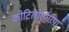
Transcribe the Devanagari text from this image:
कोटिलोसॉरिया